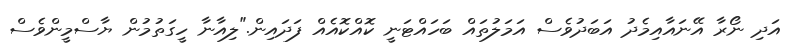
އަދި ނޯރާ އޭނައާއިމެދު އަބަދުވެސް އަމަލުތައް ބަހައްޓަނީ ކޮއްކޮއެއް ފަދައިން."ލިއާނާ ހީގަތުމުން ޔާސްމީންވެސް